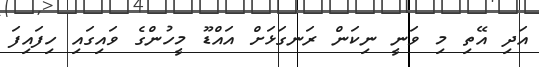
އަދި އޭތި މި ވަނީ ނިކަން ރަނގަޅަށް އައްޑޫ މީހުންގެ ވައިގައި ހިފައިފަ